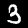
Label: 3